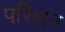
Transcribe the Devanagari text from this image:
परिक्षन